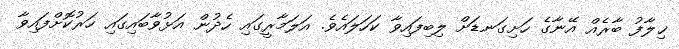
ޚިލާފު ބާރެއް އޭނާގެ ހަށިގަނޑަށް ލިބިފައިވާ ކަހަލައެވެ. އަލަމާރީގައި ހެދުން އަޅުވާބައިގައި ހަރުކޮށްފައިވާ